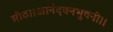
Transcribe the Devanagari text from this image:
मोठा।आनंदवनभुवनी।।